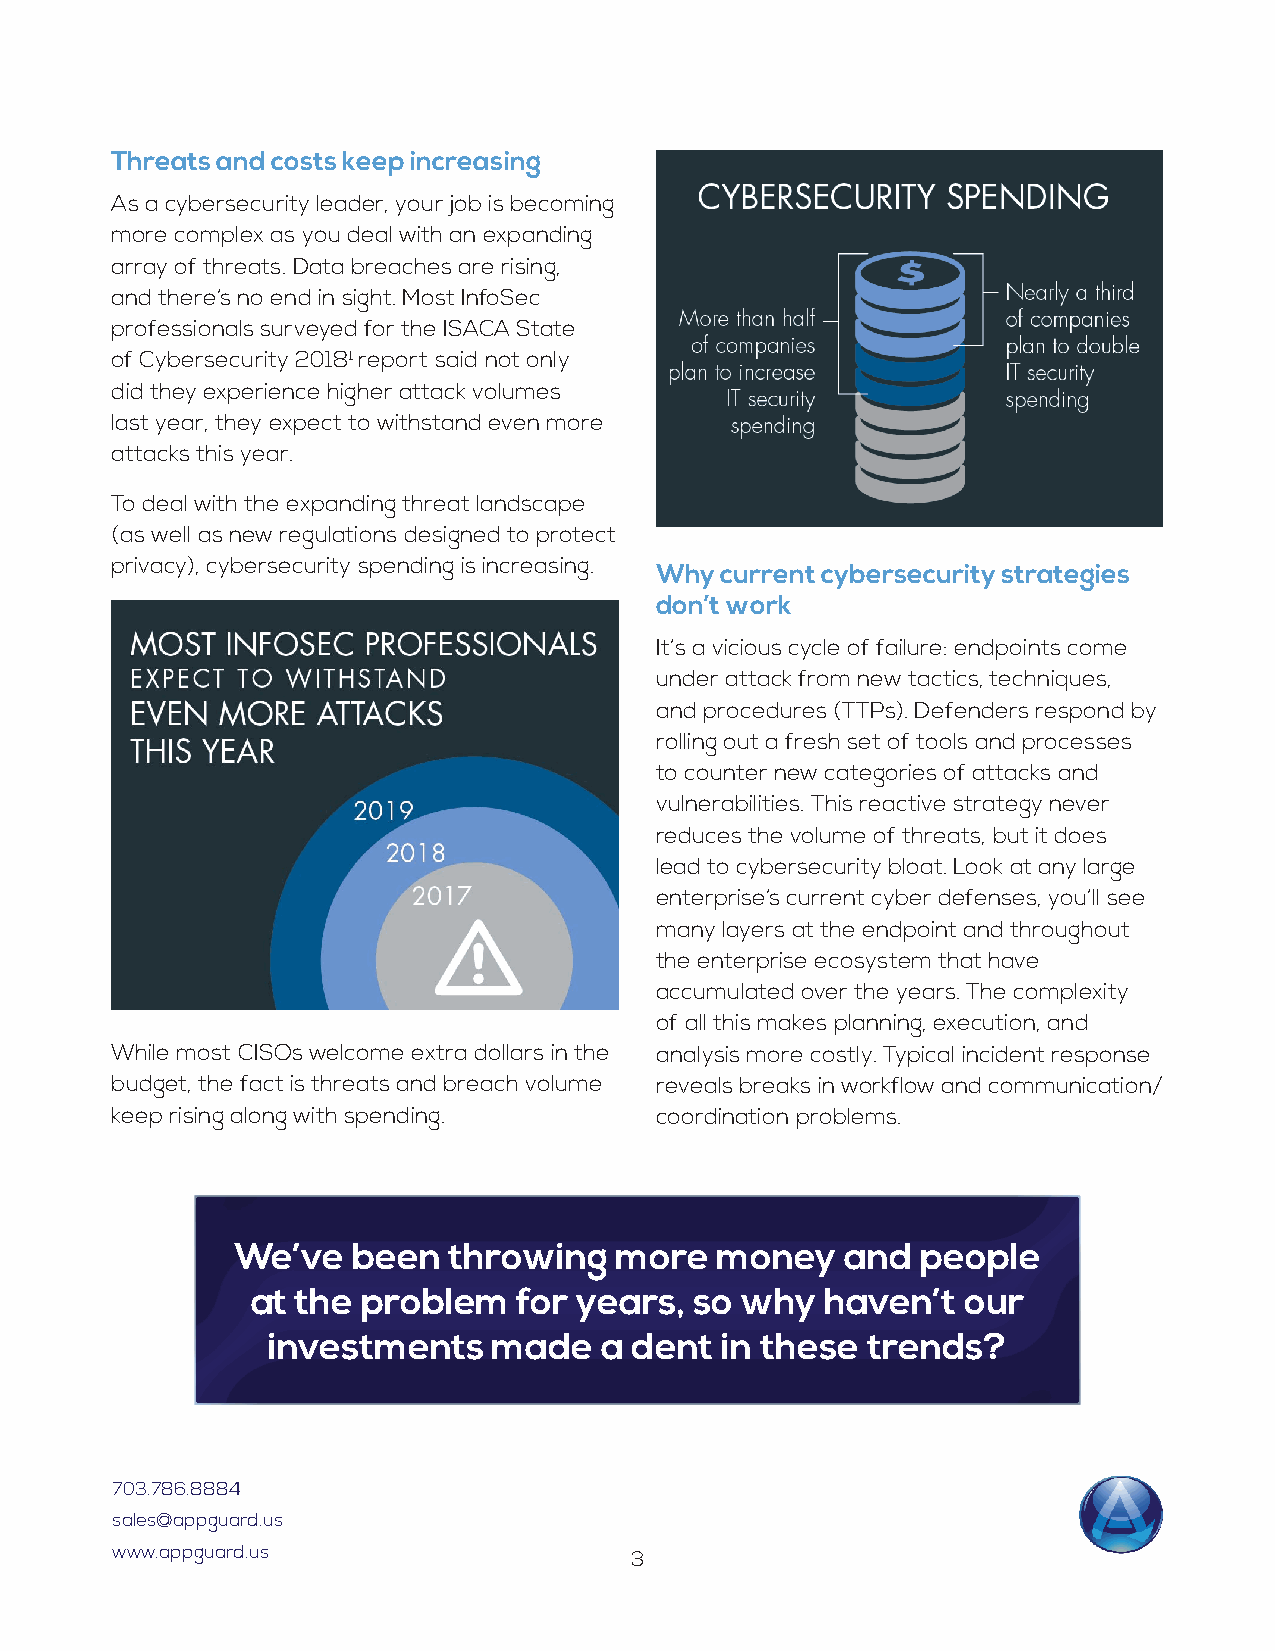
Threats and costs keep increasing
 As a cybersecurity leader, your job is becoming
 more complex as you deal with an expanding
 array of threats. Data breaches are rising,
 and there’s no end in sight. Most InfoSec
 professionals surveyed for the ISACA State
 of Cybersecurity 20181 report said not only
 did they experience higher attack volumes
 last year, they expect to withstand even more
 attacks this year.
 To deal with the expanding threat landscape
 (as well as new regulations designed to protect
 privacy), cybersecurity spending is increasing.
 Why  current cybersecurity strategies
 don’t work
 It’s a vicious cycle of failure: endpoints come
 under attack from new tactics, techniques,
 and procedures (TTPs). Defenders respond by
 rolling out a fresh set of tools and processes
 to counter new categories of attacks and
 vulnerabilities. This reactive strategy never
 reduces the volume of threats, but it does
 lead to cybersecurity bloat. Look at any large
 enterprise’s current cyber defenses, you’ll see
 many layers at the endpoint and throughout
 the enterprise ecosystem that have
 accumulated over the years. The complexity
 of all this makes planning, execution, and
 While most CISOs welcome extra dollars in the analysis more costly. Typical incident response
 budget, the fact is threats and breach volume reveals breaks in workflow and communication/
 keep rising along with spending.    coordination problems.
 We’ve  been   throwing   more  money    and  people
 at the problem   for years,  so why   haven’t  our
 investments    made   a dent  in these trends?
 703.786.8884
 sales@appguard.us
 www.appguard.us
 3